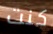
كنت